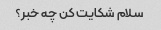
سلام شکایت کن چه خبر؟